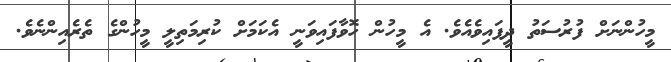
މީހުންނަށް ފުރުސަތު ދީފައިވެއެވެ. އެ މީހުން ހޮވާފައިވަނީ އެކަމަށް ކުރިމަތިލީ މީހުންގެ ތެރެއިންނެވެ.